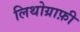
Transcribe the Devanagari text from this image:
लिथोग्राफ़ी